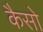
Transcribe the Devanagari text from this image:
कैसो